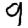
Digit: 9